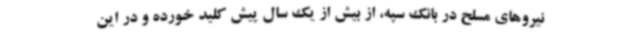
نیروهای مسلح در بانک سپه، از بیش از یک سال پیش کلید خورده و در این